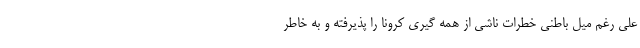
علی رغم میل باطنی خطرات ناشی از همه گیری کرونا را پذیرفته و به خاطر